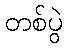
တစ်ပွဲ